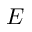
E